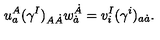
u _ { a } ^ { A } ( \gamma ^ { I } ) _ { A \dot { A } } w _ { \dot { a } } ^ { \dot { A } } = v _ { i } ^ { I } ( \gamma ^ { i } ) _ { a \dot { a } } .